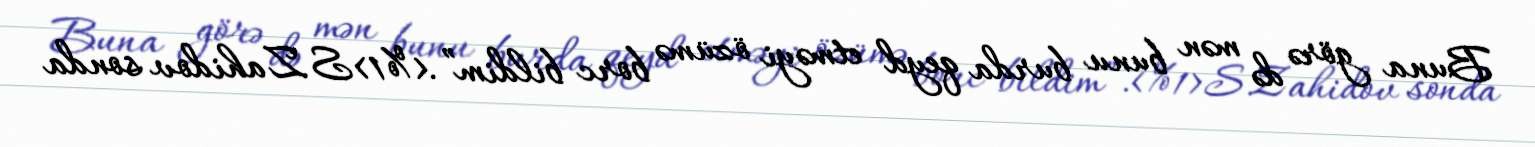
Buna görə də mən bunu burda qeyd etməyi özümə borc bildim”.<%1>S.Zahidov sonda